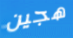
هجين